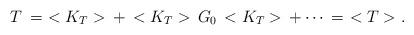
LaTeX: \begin{align*}T\,=\,\,<K_T>\,+\,<K_T>\,G_0\,<K_T>\,+\cdots\,=\,\,<T>.\end{align*}